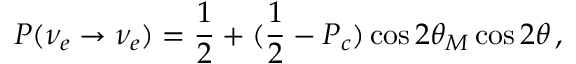
P ( \nu _ { e } \to \nu _ { e } ) = { \frac { 1 } { 2 } } + ( { \frac { 1 } { 2 } } - P _ { c } ) \cos 2 \theta _ { M } \cos 2 \theta \, ,